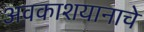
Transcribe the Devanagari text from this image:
अवकाशयानाचे